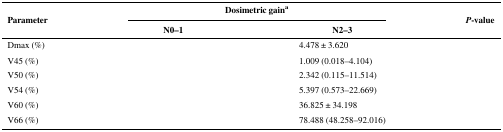
<table><thead><tr><td rowspan="2"><b>Parameter</b></td><td colspan="2"><b>Dosimetric gain<sup>a</sup></b></td><td rowspan="2"><b><i>P</i>-value</b></td></tr><tr><td><b>N0–1</b></td><td><b>N2–3</b></td></tr></thead><tbody><tr><td>Dmax (%)</td><td>[EMPTY_CELL]</td><td>4.478 ± 3.620</td><td>[EMPTY_CELL]</td></tr><tr><td>V45 (%)</td><td>[EMPTY_CELL]</td><td>1.009 (0.018–4.104)</td><td>[EMPTY_CELL]</td></tr><tr><td>V50 (%)</td><td>[EMPTY_CELL]</td><td>2.342 (0.115–11.514)</td><td>[EMPTY_CELL]</td></tr><tr><td>V54 (%)</td><td>[EMPTY_CELL]</td><td>5.397 (0.573–22.669)</td><td>[EMPTY_CELL]</td></tr><tr><td>V60 (%)</td><td>[EMPTY_CELL]</td><td>36.825 ± 34.198</td><td>[EMPTY_CELL]</td></tr><tr><td>V66 (%)</td><td>[EMPTY_CELL]</td><td>78.488 (48.258–92.016)</td><td>[EMPTY_CELL]</td></tr></tbody></table>